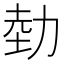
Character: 勎